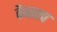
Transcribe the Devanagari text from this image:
वैवस्तव